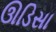
ઊડિસા